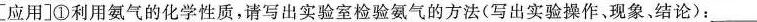
[应用]①利用氨气的化学性质，请写出实验室检验氨气的方法(写出实验操作、现象、结论)：___